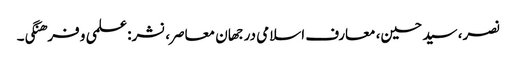
نصر، سید حسین، معارف اسلامی در جهان معاصر، نشر: علمی و فرهنگی۔